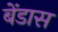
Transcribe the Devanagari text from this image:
बेंडास